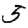
Digit: 3